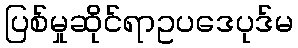
ပြစ်မှုဆိုင်ရာဥပဒေပုဒ်မ